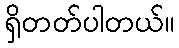
ရှိတတ်ပါတယ်။